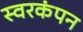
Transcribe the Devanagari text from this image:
स्वरकंपन